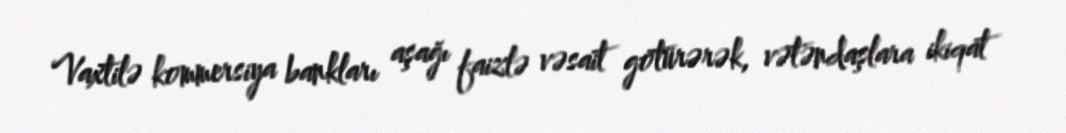
Vaxtilə kommersiya bankları aşağı faizlə vəsait götürərək, vətəndaşlara ikiqat